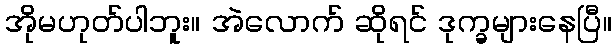
အိုမဟုတ်ပါဘူး။ အဲလောက် ဆိုရင် ဒုက္ခများနေပြီ။